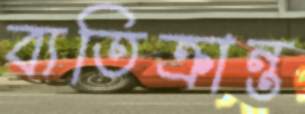
ব্যতিক্রান্ত